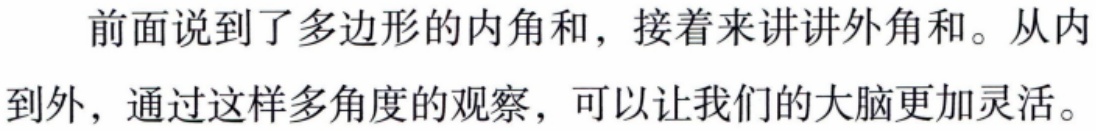
前面说到了多边形的内角和，接着来讲讲外角和。从内到外，通过这样多角度的观察，可以让我们的大脑更加灵活。